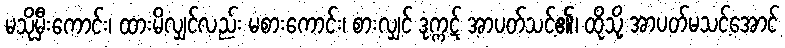
မသိုမှီးကောင်း၊ ထားမိလျှင်လည်း မစားကောင်း၊ စားလျှင် ဒုက္ကဋ် အာပတ်သင့်၏၊ ထိုသို့ အာပတ်မသင့်အောင်